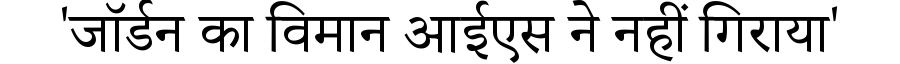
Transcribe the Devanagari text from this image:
'जॉर्डन का विमान आईएस ने नहीं गिराया'